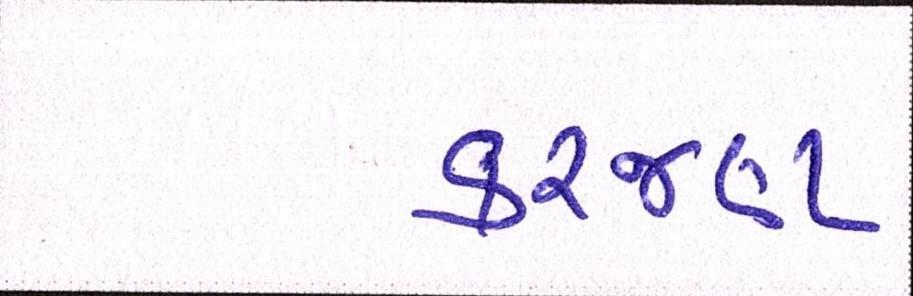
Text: કરજણ